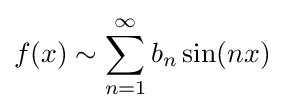
f(x)\sim \sum _{n=1}^{\infty }b_{n}\sin(nx)